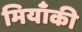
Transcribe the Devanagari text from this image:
मियाँकी